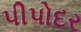
પીપોદર